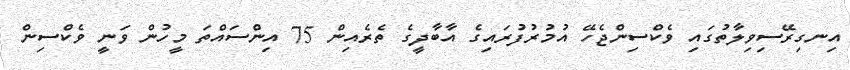
އިނގިރޭސިވިލާތުގައި ވެކްސިންޖެހޭ އުމުރުފުރައިގެ އާބާދީގެ ތެރެއިން 75 އިންސައްތަ މީހުން ވަނީ ވެކްސިން